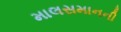
માલસમાનની